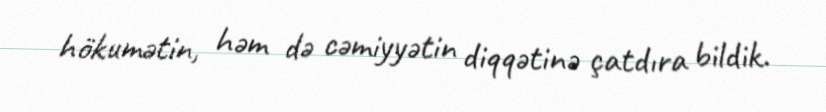
hökumətin, həm də cəmiyyətin diqqətinə çatdıra bildik.